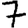
Digit: 7